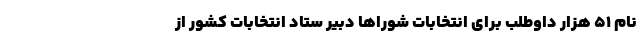
نام ۵۱ هزار داوطلب برای انتخابات شوراها دبیر ستاد انتخابات کشور از